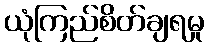
ယုံကြည်စိတ်ချရမှု